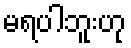
မရပါဘူးဟု